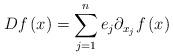
LaTeX: \begin{align*}Df\left( x\right) =\sum_{j=1}^{n}e_{j}\partial _{x_{j}}f\left( x\right)\end{align*}